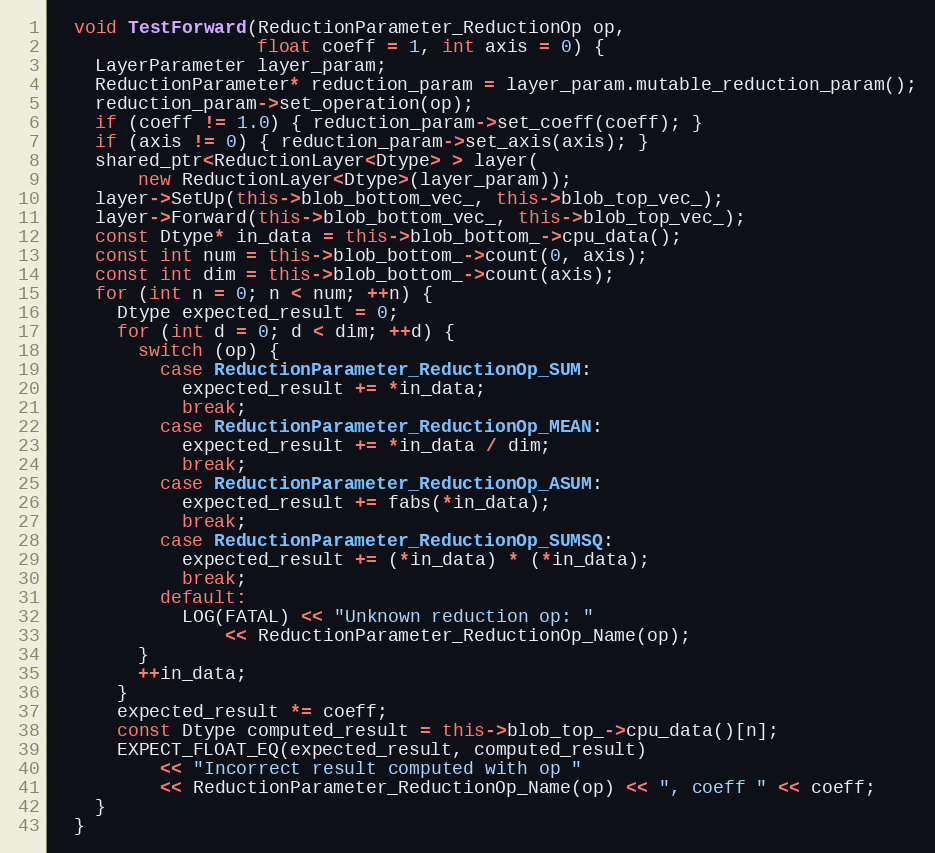
Language: C++
  void TestForward(ReductionParameter_ReductionOp op,
                   float coeff = 1, int axis = 0) {
    LayerParameter layer_param;
    ReductionParameter* reduction_param = layer_param.mutable_reduction_param();
    reduction_param->set_operation(op);
    if (coeff != 1.0) { reduction_param->set_coeff(coeff); }
    if (axis != 0) { reduction_param->set_axis(axis); }
    shared_ptr<ReductionLayer<Dtype> > layer(
        new ReductionLayer<Dtype>(layer_param));
    layer->SetUp(this->blob_bottom_vec_, this->blob_top_vec_);
    layer->Forward(this->blob_bottom_vec_, this->blob_top_vec_);
    const Dtype* in_data = this->blob_bottom_->cpu_data();
    const int num = this->blob_bottom_->count(0, axis);
    const int dim = this->blob_bottom_->count(axis);
    for (int n = 0; n < num; ++n) {
      Dtype expected_result = 0;
      for (int d = 0; d < dim; ++d) {
        switch (op) {
          case ReductionParameter_ReductionOp_SUM:
            expected_result += *in_data;
            break;
          case ReductionParameter_ReductionOp_MEAN:
            expected_result += *in_data / dim;
            break;
          case ReductionParameter_ReductionOp_ASUM:
            expected_result += fabs(*in_data);
            break;
          case ReductionParameter_ReductionOp_SUMSQ:
            expected_result += (*in_data) * (*in_data);
            break;
          default:
            LOG(FATAL) << "Unknown reduction op: "
                << ReductionParameter_ReductionOp_Name(op);
        }
        ++in_data;
      }
      expected_result *= coeff;
      const Dtype computed_result = this->blob_top_->cpu_data()[n];
      EXPECT_FLOAT_EQ(expected_result, computed_result)
          << "Incorrect result computed with op "
          << ReductionParameter_ReductionOp_Name(op) << ", coeff " << coeff;
    }
  }